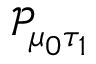
\mathcal { P } _ { \mu _ { 0 } \tau _ { 1 } }